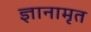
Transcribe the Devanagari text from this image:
ज्ञानामृत